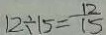
1 2 \div 1 5 = \frac { 1 2 } { 1 5 }